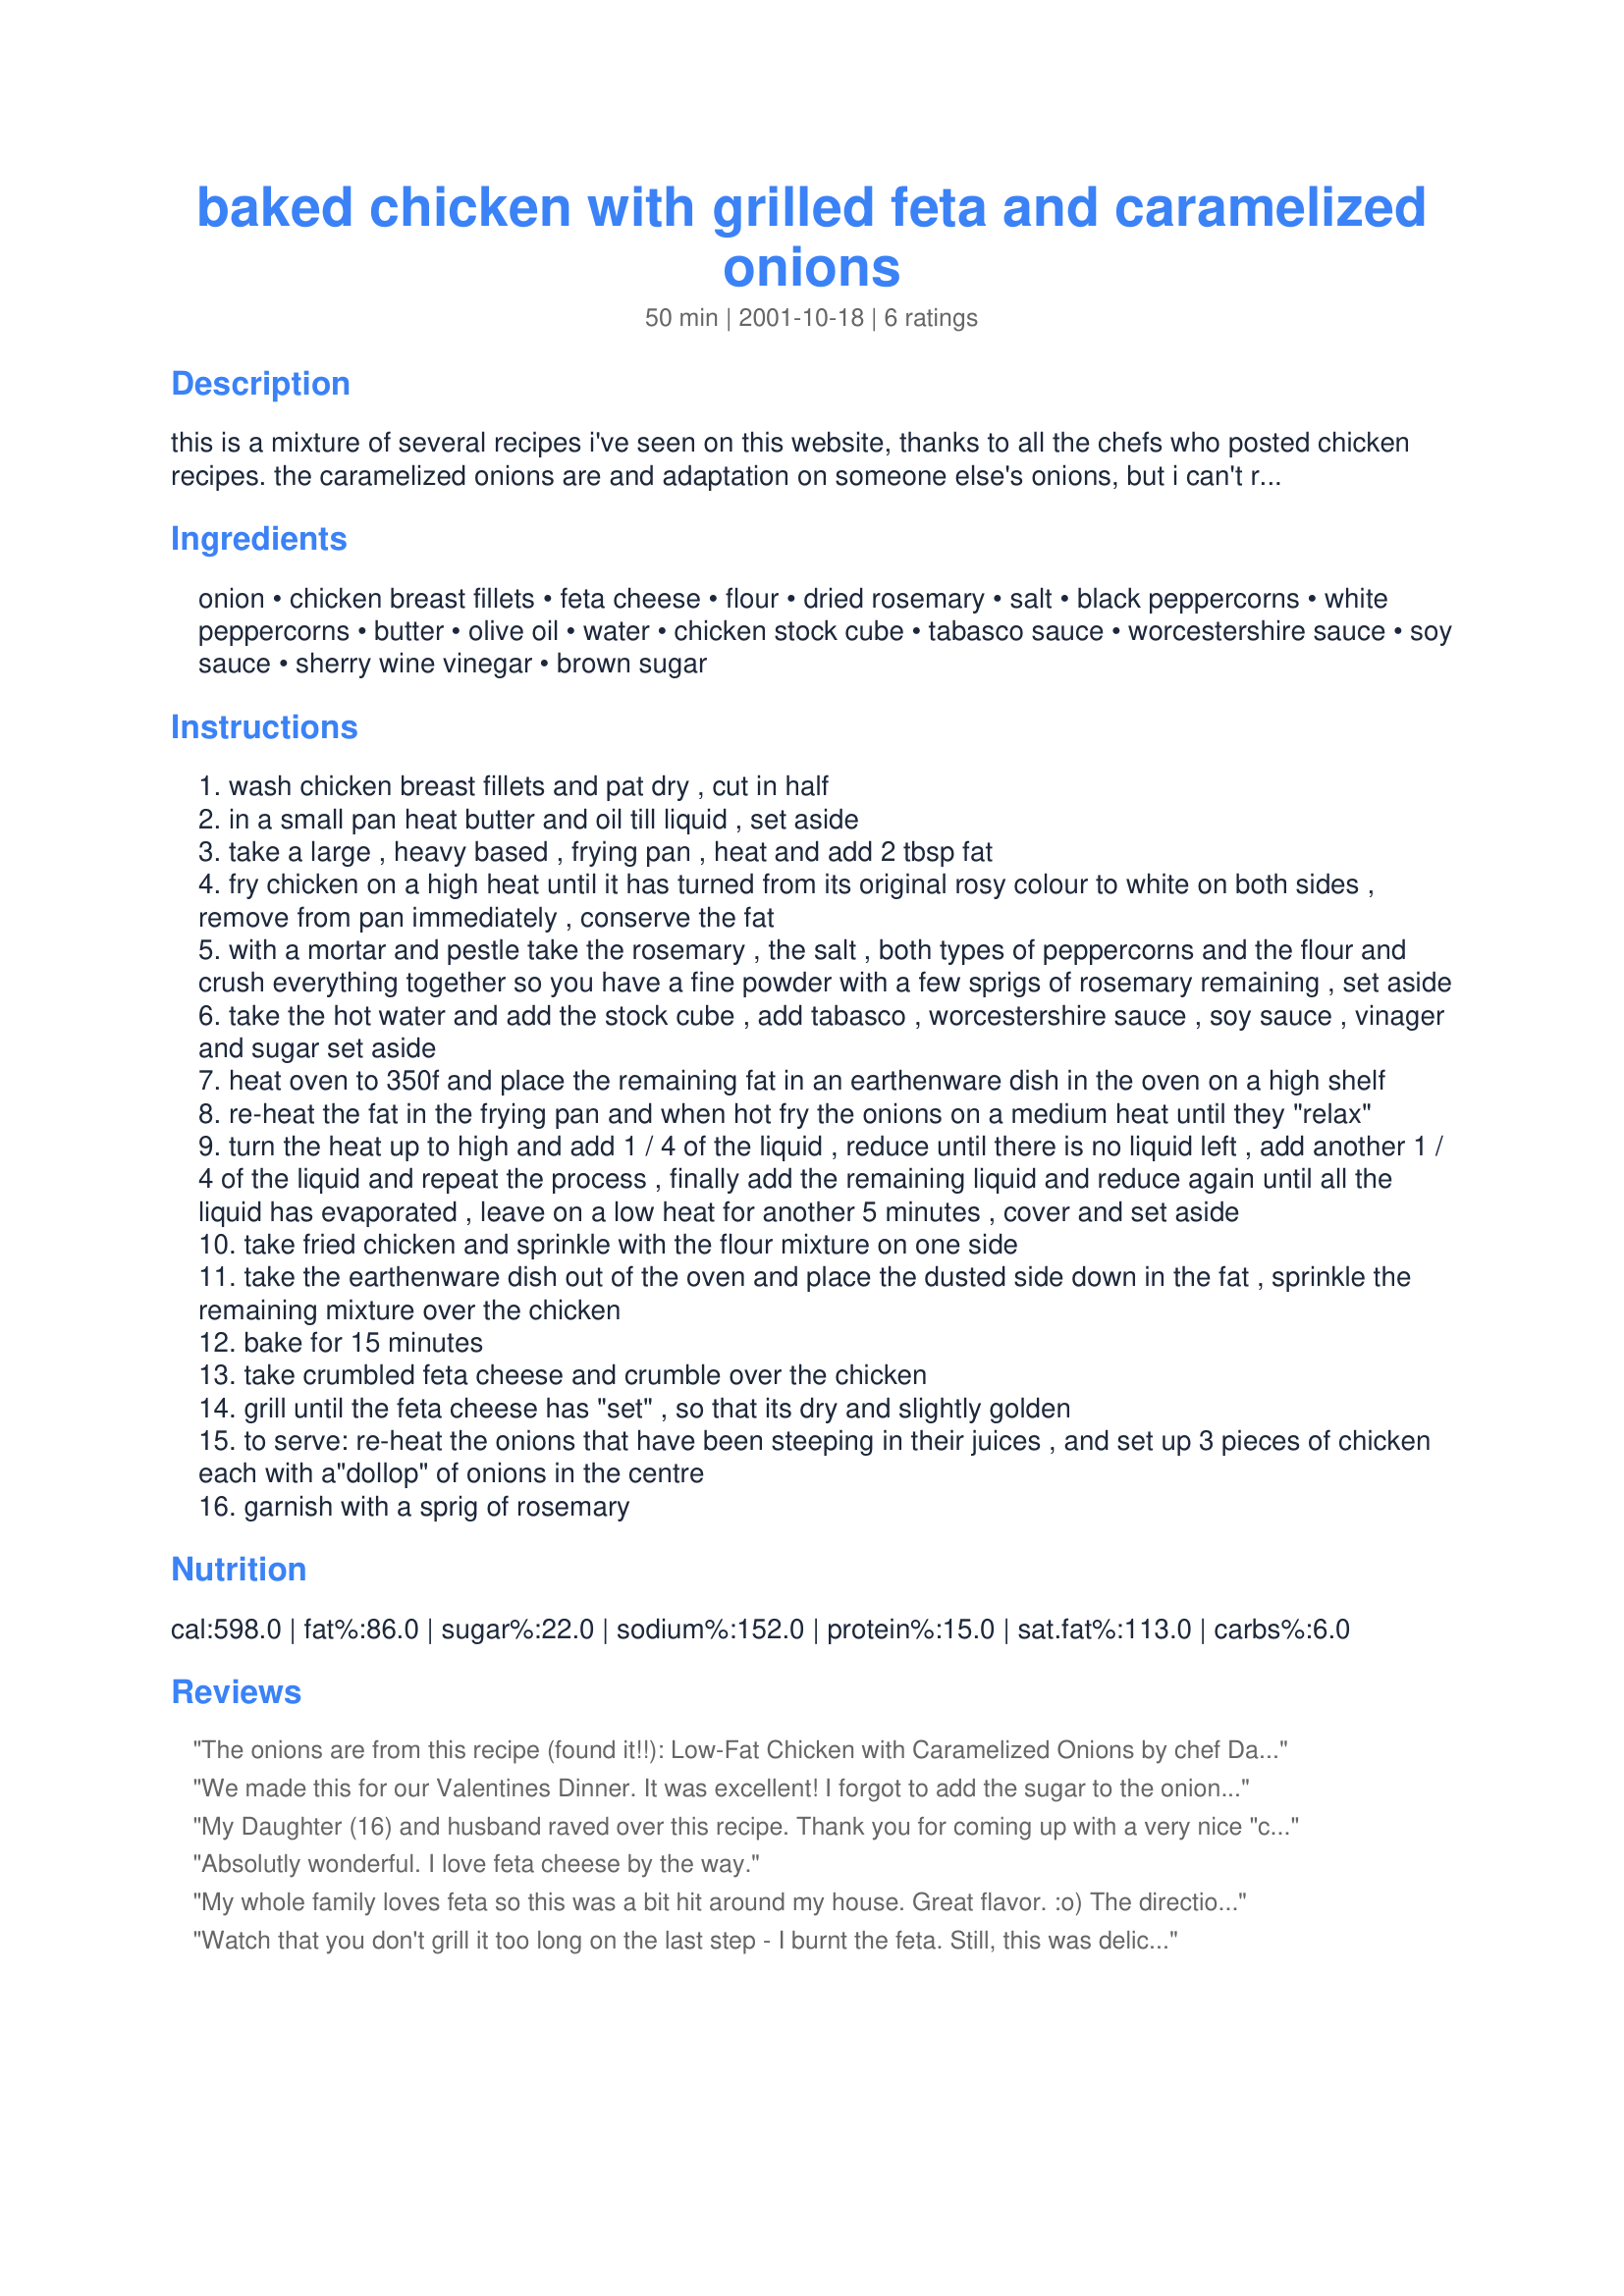
baked chicken with grilled feta and caramelized onions
Preparation time: 50 minutes

this is a mixture of several recipes i've seen on this website, thanks to all the chefs who posted chicken recipes. the caramelized onions are and adaptation on someone else's onions, but i can't remember who right now (do tell if you know who you are).

Ingredients:
onion, chicken breast fillets, feta cheese, flour, dried rosemary, salt, black peppercorns, white peppercorns, butter, olive oil, water, chicken stock cube, tabasco sauce, worcestershire sauce, soy sauce, sherry wine vinegar, brown sugar

Steps:
wash chicken breast fillets and pat dry , cut in half
in a small pan heat butter and oil till liquid , set aside
take a large , heavy based , frying pan , heat and add 2 tbsp fat
fry chicken on a high heat until it has turned from its original rosy colour to white on both sides , remove from pan immediately , conserve the fat
with a mortar and pestle take the rosemary , the salt , both types of peppercorns and the flour and crush everything together so you have a fine powder with a few sprigs of rosemary remaining , set aside
take the hot water and add the stock cube , add tabasco , worcestershire sauce , soy sauce , vinager and sugar set aside
heat oven to 350f and place the remaining fat in an earthenware dish in the oven on a high shelf
re-heat the fat in the frying pan and when hot fry the onions on a medium heat until they "relax"
turn the heat up to high and add 1 / 4 of the liquid , reduce until there is no liquid left , add another 1 / 4 of the liquid and repeat the process , finally add the remaining liquid and reduce again until all the liquid has evaporated , leave on a low heat for another 5 minutes , cover and set aside
take fried chicken and sprinkle with the flour mixture on one side
take the earthenware dish out of the oven and place the dusted side down in the fat , sprinkle the remaining mixture over the chicken
bake for 15 minutes
take crumbled feta cheese and crumble over the chicken
grill until the feta cheese has "set" , so that its dry and slightly golden
to serve: re-heat the onions that have been steeping in their juices , and set up 3 pieces of chicken each with a"dollop" of onions in the centre
garnish with a sprig of rosemary

Reviews:
The onions are from this recipe (found it!!):
Low-Fat Chicken with Caramelized Onions by chef Dancer^ 

I thought I'd rate my recipe 'cos I like it... so there! LOL :))
We made this for our Valentines Dinner. It was excellent! I forgot to add the sugar to the onions and they still came out really good, I've always used sugar when caramelizing my onions, but I don't think this really needed it. Rave reviews from our house. I also used balsamic vinegar instead of the sherry vinegar.
My Daughter (16) and husband raved over this recipe. Thank you for coming up with a very nice "change from the norm".
I served with Greek Salad and a pkg of "Carribean Rice". All went together well.
Absolutly wonderful. I love feta cheese by the way.
My whole family loves feta so this was a bit hit around my house. Great flavor. :o) The directions were a little bit confusing though, there were references to using fat (I just used the butter as my fat). This is a keeper to be sure.
Watch that you don't grill it too long on the last step - I burnt the feta. Still, this was delicious, looked classy, etc. It's even fun to cook!
